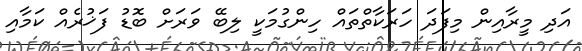
އަދި މީރާއިން މިފަދަ ހަރަކާތްތައް ހިންގުމަކީ ލިބޭ ވަރަށް ބޮޑު ފަޚުރެއް ކަމާއި